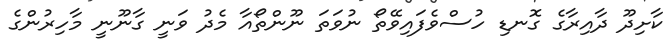
ކާށިދޫ ދާއިރާގެ ގޮނޑި ހުސްވެފައިވޭތޯ ނުވަތަ ނޫންތޯއާ މެދު ވަނީ ގާނޫނީ މާހިރުންގެ